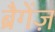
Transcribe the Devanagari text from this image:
ब्रैगेंज़